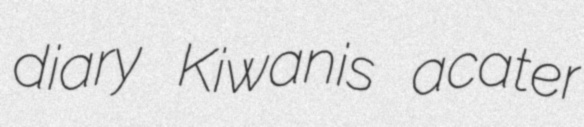
diary Kiwanis acater